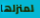
لمنزلها